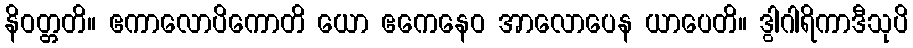
နိဝတ္တတိ။ ဧကာလောပိကောတိ ယော ဧကေနေဝ အာလောပေန ယာပေတိ။ ဒွါဂါရိကာဒီသုပိ